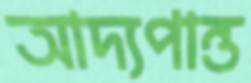
আদ্যপান্ত